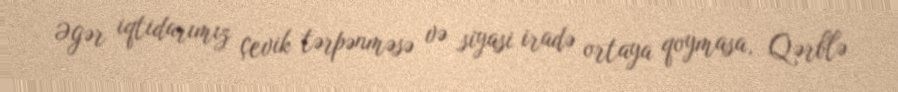
Əgər iqtidarımız çevik tərpənməsə və siyasi iradə ortaya qoymasa, Qərblə